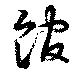
館